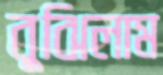
বুঝিলাম